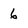
Character: 6